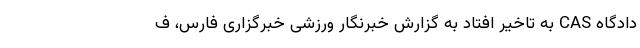
دادگاه CAS به تاخیر افتاد به گزارش خبرنگار ورزشی خبرگزاری فارس، ف